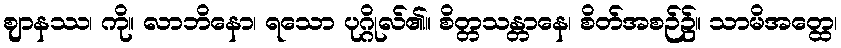
ဈာနဿ၊ ကို။ လာဘိနော၊ ရသော ပုဂ္ဂိုလ်၏။ စိတ္တသန္တာနေ၊ စိတ်အစဉ်၌။ သာမိအတ္ထေ၊